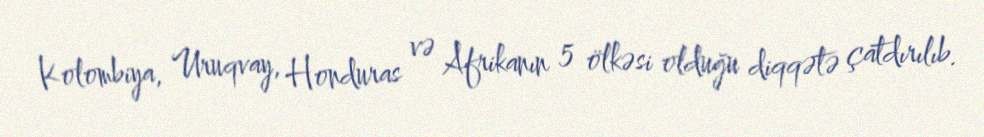
Kolombiya, Uruqvay, Honduras və Afrikanın 5 ölkəsi olduğu diqqətə çatdırılıb.